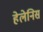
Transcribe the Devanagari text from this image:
हेलेनिस